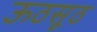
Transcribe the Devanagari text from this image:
ऊठसूठ